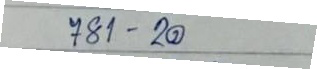
781 - 20